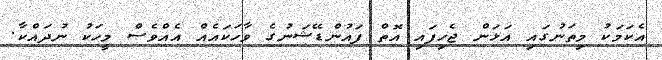
އެކަމަކު މިތަނުގައި އަޅަން ޖެހިފައި އޮތް ފައުންޑޭޝަނުގެ ވާހަކައެއް އެއްވެސް މީހަކު ނުދައްކާ.